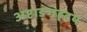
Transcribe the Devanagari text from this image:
अष्टाङ्गहृदय